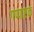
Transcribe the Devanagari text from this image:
गप्पाष्टक